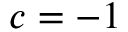
c = - 1